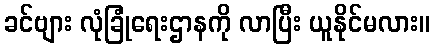
ခင်ဗျား လုံခြုံရေးဌာနကို လာပြီး ယူနိုင်မလား။